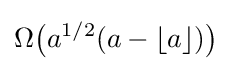
\Omega {\bigl (}a^{1/2}(a-\lfloor a\rfloor ){\bigr )}